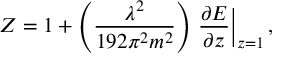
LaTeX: Z = 1 + \left( \frac { \lambda ^ { 2 } } { 1 9 2 \pi ^ { 2 } m ^ { 2 } } \right) \left. \frac { \partial E } { \partial z } \right| _ { z = 1 } ,